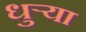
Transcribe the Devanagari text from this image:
धुर्‍या